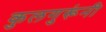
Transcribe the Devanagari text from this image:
कुलगुरूंनी